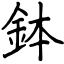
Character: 鉢